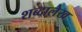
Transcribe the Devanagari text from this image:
शब्दालेख